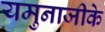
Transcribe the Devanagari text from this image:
यमुनाजीके